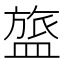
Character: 𬐰